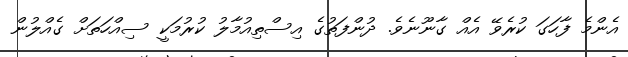
އެންމެ ފާހަގަ ކުރެވޭ އެއް ގާނޫނެވެ. ދުންފަތުގެ އިސްތިއުމާލު ކުރުމަކީ ސިއްހަތަށް ގެއްލުން